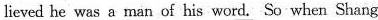
\underline{lieved he was a man of his word.} So when Shang